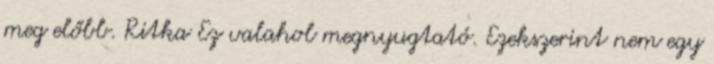
meg előbb. Ritka Ez valahol megnyugtató. Ezekszerint nem egy